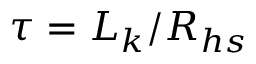
\tau = L _ { k } / R _ { h s }